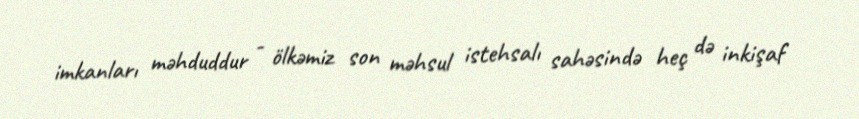
imkanları məhduddur - ölkəmiz son məhsul istehsalı sahəsində heç də inkişaf